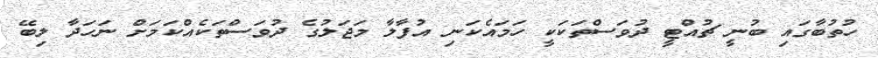
ހުތުބާގައި ބުނީ ޗުއްޓީ ދުވަސްތަކަކީ ހަމައެކަނި އުފާލާ މަޖަލުގެ ދުވަސްތަކެއްކަމަށް ނަހަދާ ލިބޭ